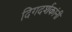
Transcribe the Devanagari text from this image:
दिगदर्शकांनी